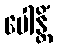
ပေါန္တိံ